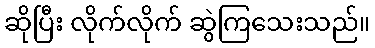
ဆိုပြီး လိုက်လိုက် ဆွဲကြသေးသည်။